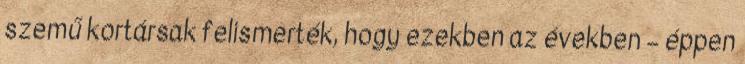
szemű kortársak felismerték, hogy ezekben az években – éppen